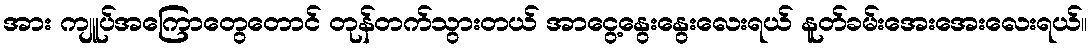
အား ကျူပ်အကြောတွေတောင် တုန်တက်သွားတယ် အာငွေ့နွေးနွေးလေးရယ် နူတ်ခမ်းအေးအေးလေးရယ်။